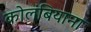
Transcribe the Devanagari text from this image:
कोलंबियाना